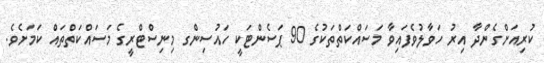
ކުރިއަށްގެންދާ އިރު ހަވާލުވެފައިވާ މަސައްކަތްތަކުގެ 90 ޕަސެންޓަކީ ހައުސިންގ މިނިސްޓްރީގެ މަސައްކަތްތައް ކަމަށެވެ.